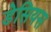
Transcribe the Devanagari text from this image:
डेसियस